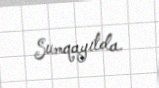
Sumqayıtda.